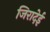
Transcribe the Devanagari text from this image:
जिरादेई